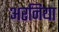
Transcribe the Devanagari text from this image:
अरनिया